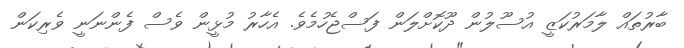
ބާރުތައް ލާމަރުކަޒީ އުސޫލުން ދޫކޮށްލަން ފަސްޖެހުމެވެ. އެހާރު މުޅީން ވެސް ފެންނަނީ ވެރިކަން